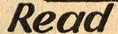
Read